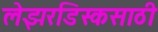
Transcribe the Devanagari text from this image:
लेझरडिस्कसाठी